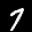
Label: 7